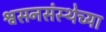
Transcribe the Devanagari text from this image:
श्वसनसंस्थेच्या